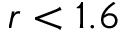
r < 1 . 6